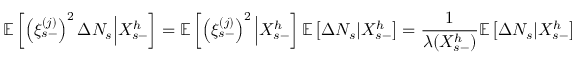
\mathbb { E } \left[ \left( \xi _ { s - } ^ { ( j ) } \right) ^ { 2 } \Delta N _ { s } \Big \vert X _ { s - } ^ { h } \right] = \mathbb { E } \left[ \left( \xi _ { s - } ^ { ( j ) } \right) ^ { 2 } \Big \vert X _ { s - } ^ { h } \right] \mathbb { E } \left[ \Delta N _ { s } \vert X _ { s - } ^ { h } \right] = \frac { 1 } { \lambda ( X _ { s - } ^ { h } ) } \mathbb { E } \left[ \Delta N _ { s } \vert X _ { s - } ^ { h } \right]